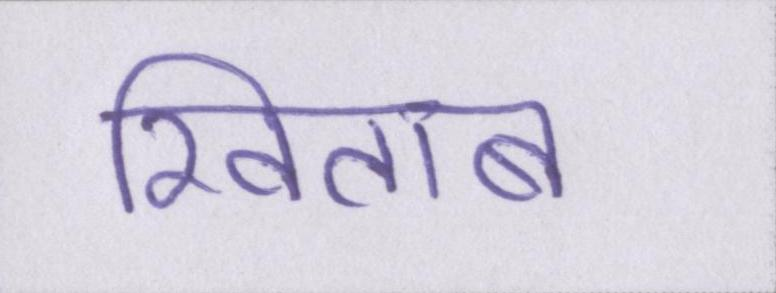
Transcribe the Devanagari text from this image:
खिताब